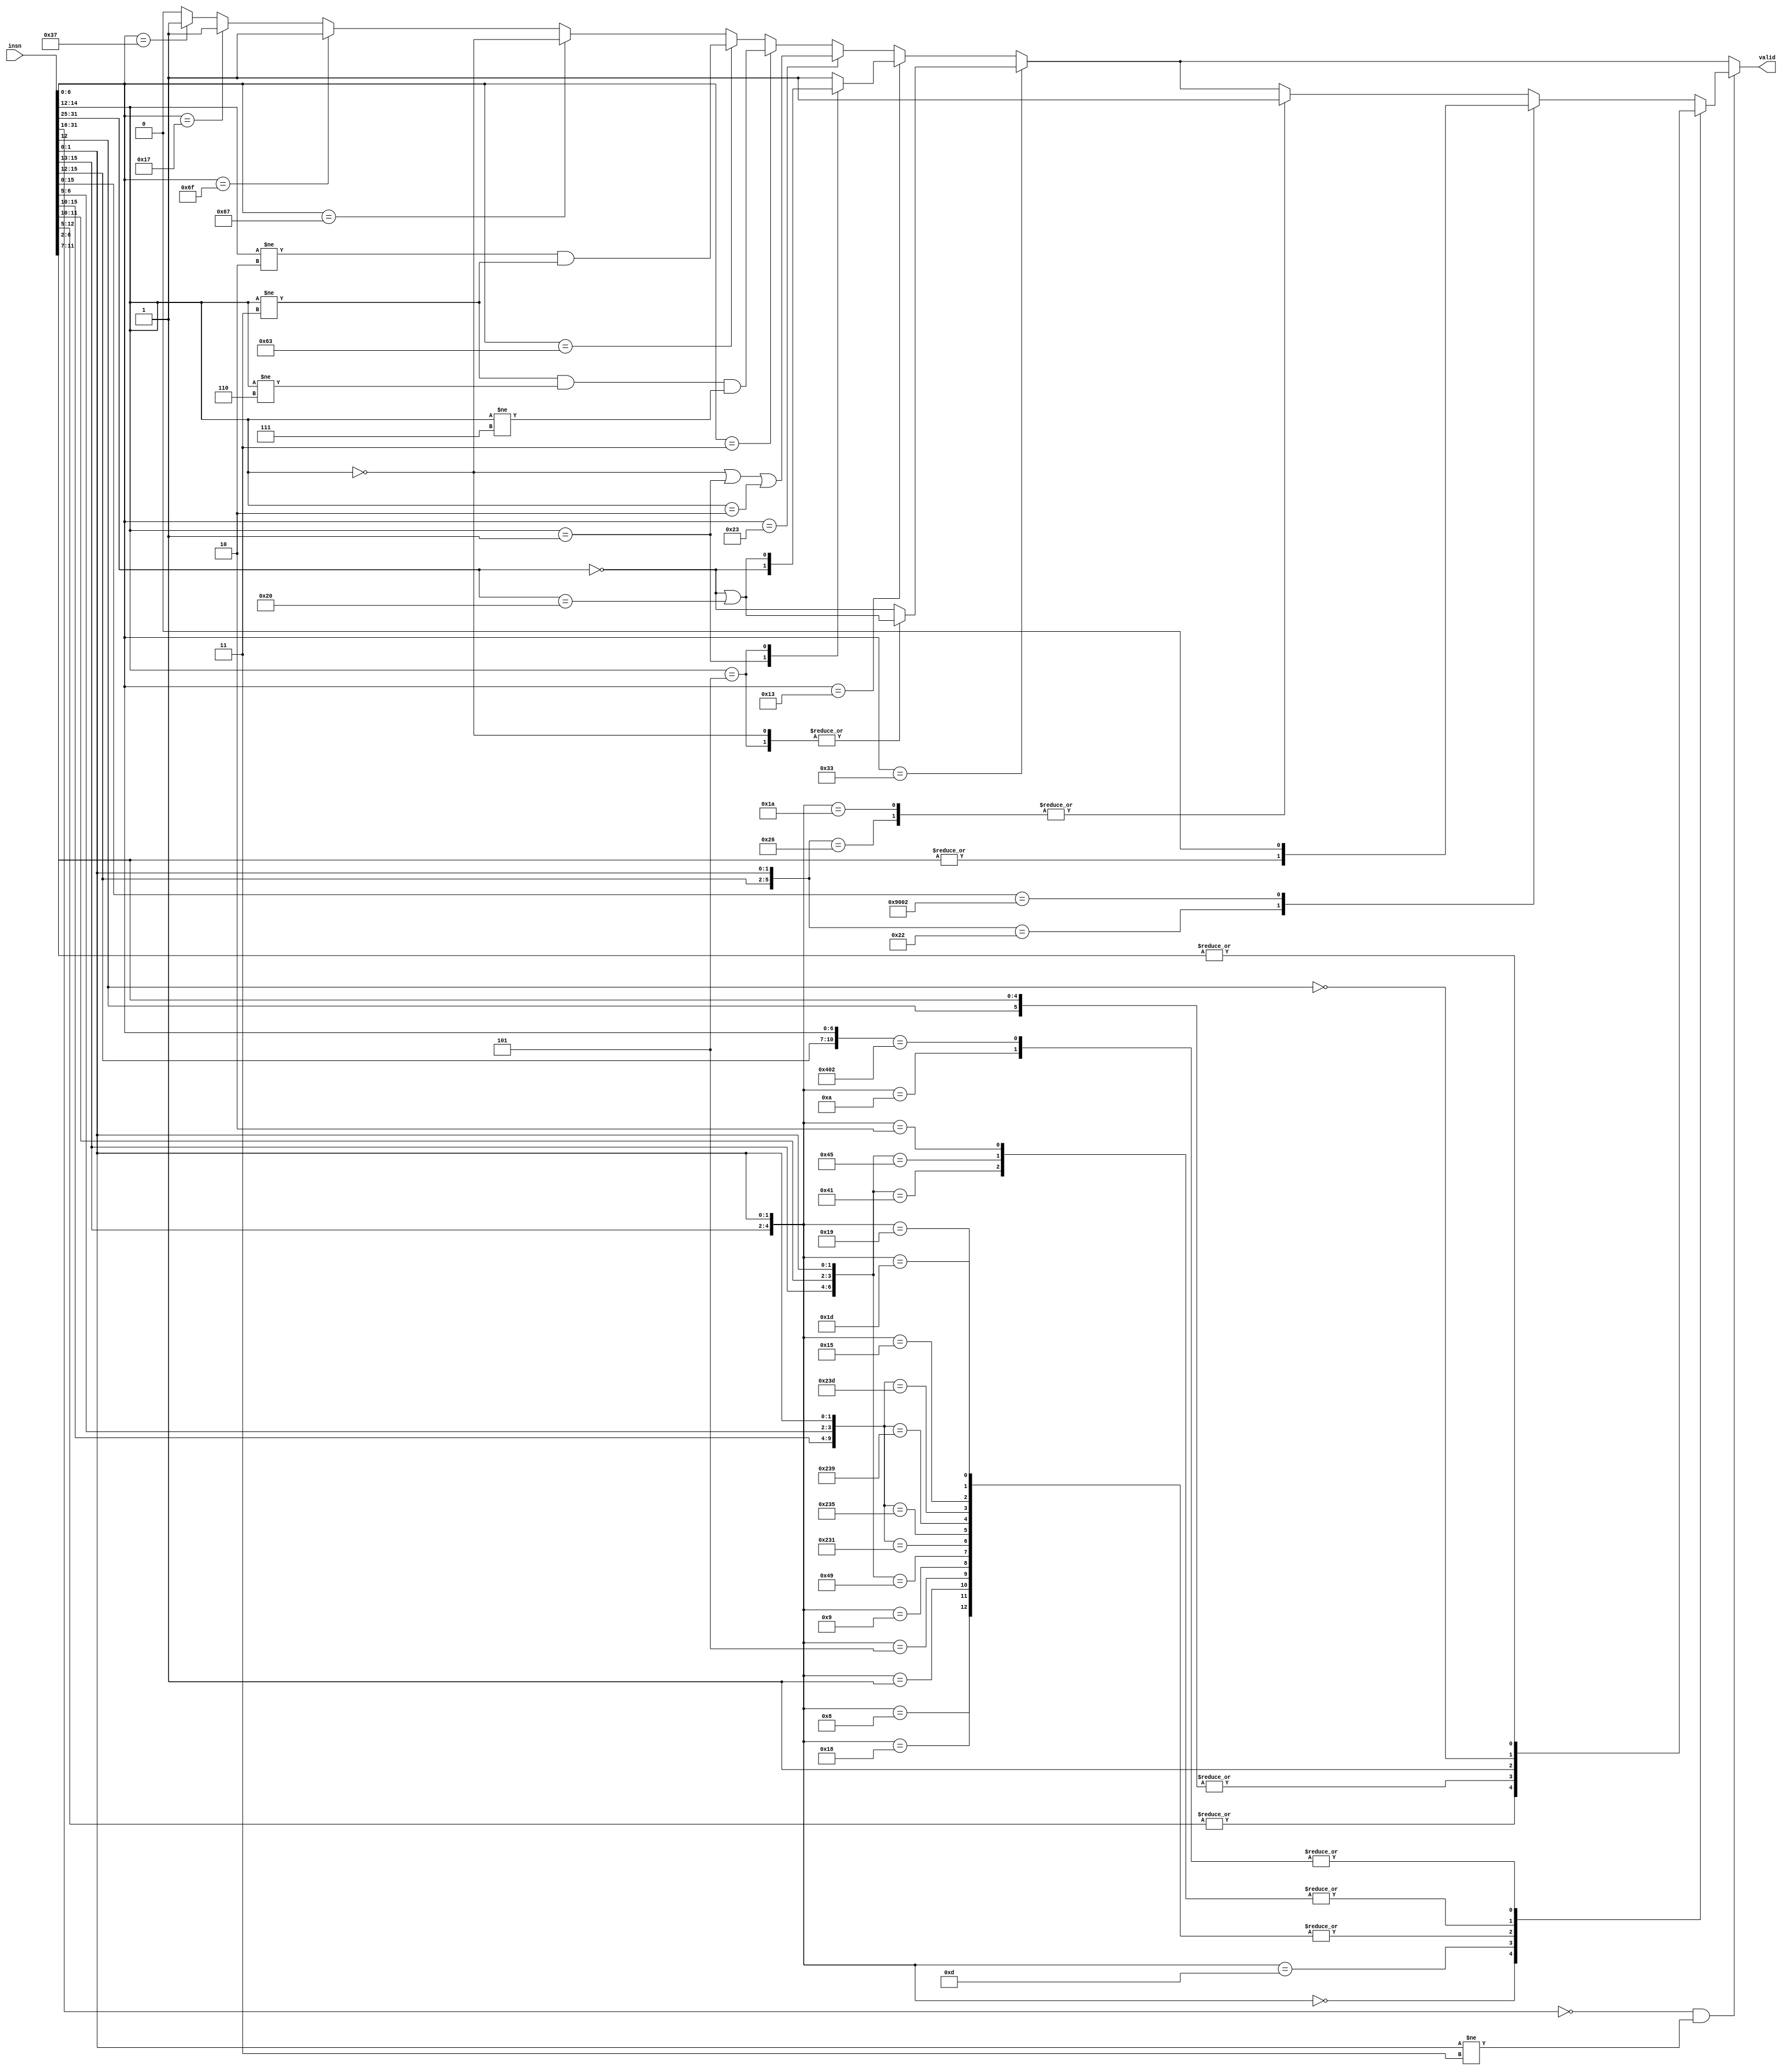
// Check if a given instruction is an RV32IC instruction (without SYSTEM opcode)
//
module riscv_rv32ic_insn (
	input [31:0] insn,
	output reg valid
);
	always @* begin
		valid = 0;

		if (insn[6:0] == 7'b 01_101_11) valid = 1; // LUI
		if (insn[6:0] == 7'b 00_101_11) valid = 1; // AUIPC
		if (insn[6:0] == 7'b 11_011_11) valid = 1; // JAL

		if (insn[6:0] == 7'b 11_001_11) begin // JALR
			valid = insn[14:12] == 3'b 000;
		end

		if (insn[6:0] == 7'b 11_000_11) begin // BRANCH
			valid = (insn[14:12] != 3'b 010) && (insn[14:12] != 3'b 011);
		end

		if (insn[6:0] == 7'b 00_000_11) begin // LOAD
			valid = (insn[14:12] != 3'b 011) && (insn[14:12] != 3'b 110) && (insn[14:12] != 3'b 111);
		end

		if (insn[6:0] == 7'b 01_000_11) begin // STORE
			valid = (insn[14:12] == 3'b 000) || (insn[14:12] == 3'b 001) || (insn[14:12] == 3'b 010);
		end

		if (insn[6:0] == 7'b 00_100_11) begin // OP-IMM
			case (insn[14:12])
				3'b 001: begin // SLLI
					valid = insn[31:25] == 7'b 0000000;
				end
				3'b 101: begin // SRLI SRAI
					valid = (insn[31:25] == 7'b 0000000) || (insn[31:25] == 7'b 0100000);
				end
				default: begin
					valid = 1;
				end
			endcase
		end

		if (insn[6:0] == 7'b 01_100_11) begin // OP
			case (insn[14:12])
				3'b 000, 3'b 101: begin // ADD SUB SRL SRA
					valid = (insn[31:25] == 7'b 0000000) || (insn[31:25] == 7'b 0100000);
				end
				default: begin
					valid = insn[31:25] == 7'b 0000000;
				end
			endcase
		end

		if (insn[31:16] == 16'b0 && insn[1:0] != 2'b11) begin
			casez (insn[15:0])
				// RVC -- Quadrant 0
				16'b 000_???_???_??_???_00: valid = |insn[12:5];              // C.ADDI4SPN
				16'b 010_???_???_??_???_00: valid = 1;                        // C.LW
				16'b 110_???_???_??_???_00: valid = 1;                        // C.SW

				// RVC -- Quadrant 1
				16'b 000_?_??_???_??_???_01: valid = 1;                       // C.NOP, C.ADDI
				16'b 001_?_??_???_??_???_01: valid = 1;                       // C.JAL
				16'b 010_?_??_???_??_???_01: valid = 1;                       // C.LI
				16'b 011_?_??_???_??_???_01: valid = |{insn[12], insn[6:2]};  // C.ADDI16SP, C.LUI
				16'b 100_?_00_???_??_???_01: valid = !insn[12];               // C.SRLI
				16'b 100_?_01_???_??_???_01: valid = !insn[12];               // C.SRAI
				16'b 100_?_10_???_??_???_01: valid = 1;                       // C.ANDI
				16'b 100_0_11_???_00_???_01: valid = 1;                       // C.SUB
				16'b 100_0_11_???_01_???_01: valid = 1;                       // C.XOR
				16'b 100_0_11_???_10_???_01: valid = 1;                       // C.OR
				16'b 100_0_11_???_11_???_01: valid = 1;                       // C.AND
				16'b 101_?_??_???_??_???_01: valid = 1;                       // C.J
				16'b 110_?_??_???_??_???_01: valid = 1;                       // C.BEQZ
				16'b 111_?_??_???_??_???_01: valid = 1;                       // C.BNEZ

				// RVC -- Quadrant 2
				16'b 000_?_?????_?????_10: valid = !insn[12];                 // C.SLLI
				16'b 010_?_?????_?????_10: valid = |insn[11:7];               // C.LWSP
				16'b 100_0_?????_00000_10: valid = |insn[11:7];               // C.JR
				16'b 100_0_?????_?????_10: valid = |insn[6:2];                // C.MV
				16'b 100_1_00000_00000_10: valid = 0;                         // C.EBREAK (SYSTEM => valid=0)
				16'b 100_1_?????_?????_10: valid = 1;                         // C.JALR, C.ADD
				16'b 110_?_?????_?????_10: valid = 1;                         // C.SWSP
			endcase
		end
	end
endmodule